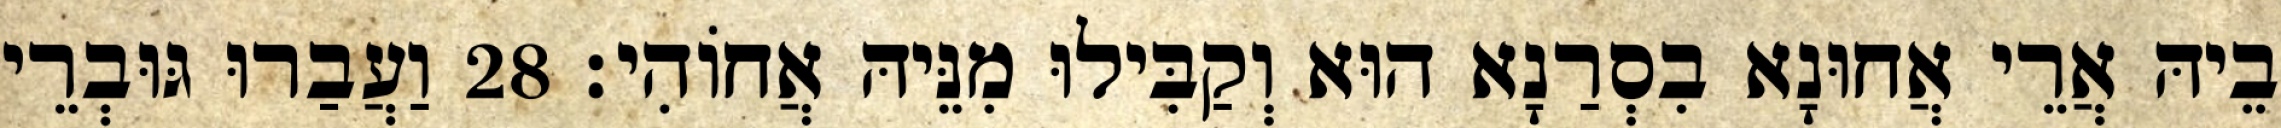
בֵיהּ אֲרֵי אֲחוּנָא בִסְרַנָא הוּא וְקַבִּילוּ מִנֵּיהּ אֲחוֹהִי׃ 28 וַעֲבַרוּ גּוּבְרֵי